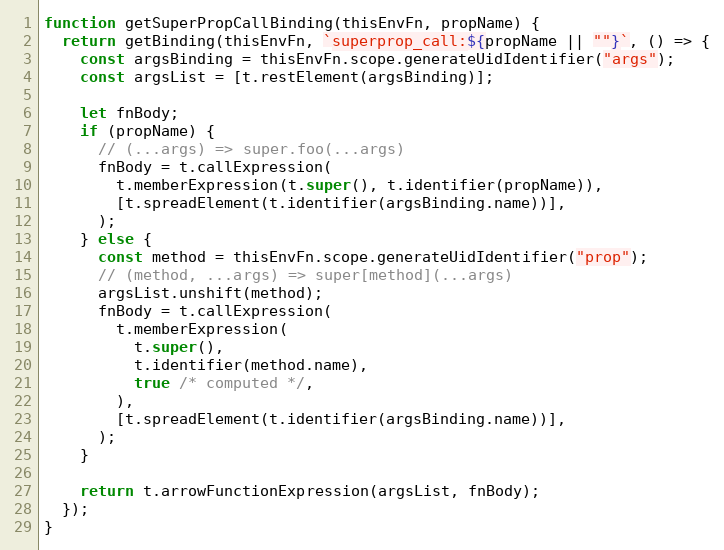
Language: JavaScript
function getSuperPropCallBinding(thisEnvFn, propName) {
  return getBinding(thisEnvFn, `superprop_call:${propName || ""}`, () => {
    const argsBinding = thisEnvFn.scope.generateUidIdentifier("args");
    const argsList = [t.restElement(argsBinding)];

    let fnBody;
    if (propName) {
      // (...args) => super.foo(...args)
      fnBody = t.callExpression(
        t.memberExpression(t.super(), t.identifier(propName)),
        [t.spreadElement(t.identifier(argsBinding.name))],
      );
    } else {
      const method = thisEnvFn.scope.generateUidIdentifier("prop");
      // (method, ...args) => super[method](...args)
      argsList.unshift(method);
      fnBody = t.callExpression(
        t.memberExpression(
          t.super(),
          t.identifier(method.name),
          true /* computed */,
        ),
        [t.spreadElement(t.identifier(argsBinding.name))],
      );
    }

    return t.arrowFunctionExpression(argsList, fnBody);
  });
}